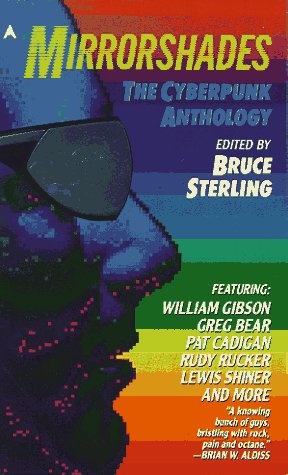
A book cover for Mirrorshades: The Cyberpunk Anthology; Greg Bear; Science Fiction & Fantasy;